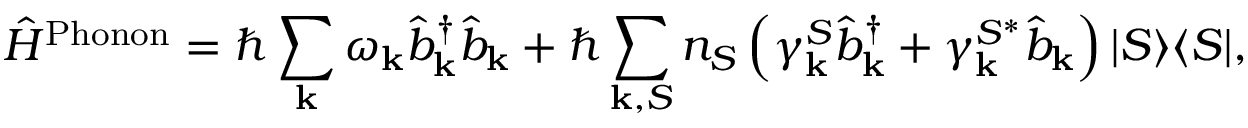
\hat { H } ^ { \mathrm { P h o n o n } } = \hbar \sum _ { \mathbf { k } } \omega _ { \mathbf { k } } \hat { b } _ { \mathbf { k } } ^ { \dagger } \hat { b } _ { \mathbf { k } } + \hbar \sum _ { { \mathbf { k } } , S } n _ { S } \left( \gamma _ { \mathbf { k } } ^ { S } \hat { b } _ { \mathbf { k } } ^ { \dagger } + \gamma _ { \mathbf { k } } ^ { S ^ { * } } \hat { b } _ { \mathbf { k } } \right) \vert S \rangle \langle S \vert ,